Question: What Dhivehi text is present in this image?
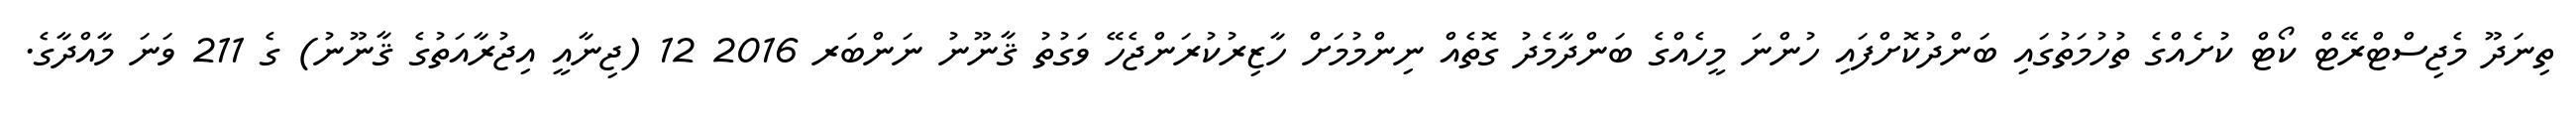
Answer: ތިނަދޫ މެޖިސްޓްރޭޓް ކޯޓް ކުށެއްގެ ތުހުމަތުގައި ބަންދުކޮށްފައި ހުންނަ މީހެއްގެ ބަންދާމެދު ގޮތެއް ނިންމުމަށް ހާޒިރުކުރަންޖެހޭ ވަގުތު ޤާނޫނު ނަންބަރ 2016 12 (ޖިނާއީ އިޖުރާއަތުގެ ޤާނޫނު) ގެ 211 ވަނަ މާއްދާގެ.